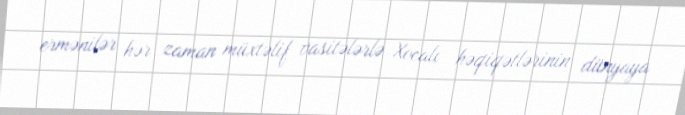
ermənilər hər zaman müxtəlif vasitələrlə Xocalı həqiqətlərinin dünyaya